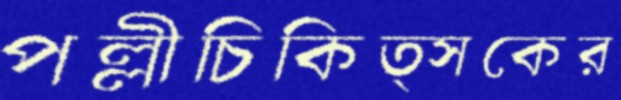
পল্লীচিকিত্সকের